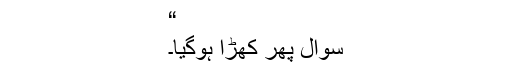
“
سوال پھر کھڑا ہوگیا۔